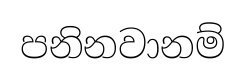
පනිනවානම්